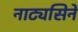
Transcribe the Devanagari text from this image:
नाट्यसिने